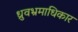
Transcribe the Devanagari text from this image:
ध्रुवभ्रमाधिकार